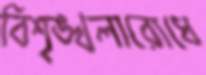
বিশৃঙ্খলারোধে